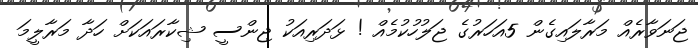
ޖަނަވާރެއް މަރާލައިގެން 5އަހަރުގެ ޖަލުހުކުމެއް ! ޅަދަރިއަކު ޖިންސީ ޝިކާރައަކަށް ހަދާ މަރާލީމަ